Annual administration report of the Civil Veterinary Department of India - 1908-1909
Year: 1908
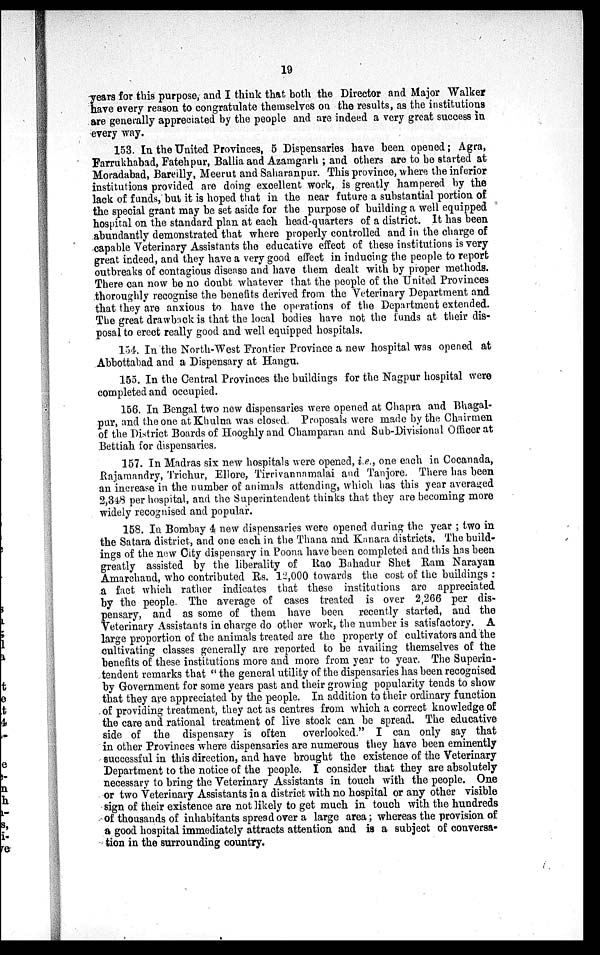
19
years for this purpose, and I think that both the Director and Major Walker
have every reason to congratulate themselves on the results, as the institutions
are generally appreciated by the people and are indeed a very great success in
every way.
153. In the United Provinces, 5 Dispensaries have been opened; Agra,
Farrukhabad, Fatehpur, Ballia and Azamgarh; and others are to be started at
Moradabad, Bareilly, Meerut and Saharanpur. This province, where the inferior
institutions provided are doing excellent work, is greatly hampered by the
lack of funds, but it is hoped that in the near future a substantial portion of
the special grant may be set aside for the purpose of building a well equipped
hospital on the standard plan at each head-quarters of a district. It has been
abundantly demonstrated that where properly controlled and in the charge of
capable Veterinary Assistants the educative effect of these institutions is very
great indeed, and they have a very good effect in inducing the people to report
outbreaks of contagious disease and have them dealt with by proper methods.
There can now be no doubt whatever that the people of the United Provinces
thoroughly recognise the benefits derived from the Veterinary Department and
that they are anxious to have the operations of the Department extended.
The great drawback is that the local bodies have not the funds at their dis-
posal to erect really good and well equipped hospitals.
154. In the North-West Frontier Province a new hospital was opened at
Abbottabad and a Dispensary at Hangu.
155. In the Central Provinces the buildings for the Nagpur hospital were
completed and occupied.
156. In Bengal two new dispensaries were opened at Chapra and Bhagal-
pur, and the one at Khulna was closed. Proposals were made by the Chairmen
of the District Boards of Hooghly and Champaran and Sub-Divisional Officer at
Bettiah for dispensaries.
157. In Madras six new hospitals were opened, i.e., one each in Cocanada,
Rajamandry, Trichur, Ellore, Tirrivannamalai and Tanjore. There has been
an increase in the number of animals attending, which has this year averaged
2,348 per hospital, and the Superintendent thinks that they are becoming more
widely recognised and popular.
158. In Bombay 4 new dispensaries were opened during the year; two in
the Satara district, and one each in the Thana and Kanara districts. The build-
ings of the new City dispensary in Poona have been completed and this has been
greatly assisted by the liberality of Rao Bahadur Shet Ram Narayan
Amarchand, who contributed Rs. 12,000 towards the cost of the buildings:
a fact which rather indicates that these institutions are appreciated
by the people. The average of cases treated is over 2,266 per dis-
pensary, and as some of them have been recently started, and the
Veterinary Assistants in charge do other work, the number is satisfactory. A
large proportion of the animals treated are the property of cultivators and the
cultivating classes generally are reported to be availing themselves of the
benefits of these institutions more and more from year to year. The Superin-
tendent remarks that "the general utility of the dispensaries has been recognised
by Government for some years past and their growing popularity tends to show
that they are appreciated by the people. In addition to their ordinary function
of providing treatment, they act as centres from which a correct knowledge of
the care and rational treatment of live stock can be spread. The educative
side of the dispensary is often
overlooked." I can only say that
in other Provinces where dispensaries are numerous they have been eminently
successful in this direction, and have brought the existence of the Veterinary
Department to the notice of the people. I consider that they are absolutely
necessary to bring the Veterinary Assistants in touch with the people. One
or two Veterinary Assistants in a district with no hospital or any other visible
sign of their existence are not likely to get much in touch with the hundreds
of thousands of inhabitants spread over a large area; whereas the provision of
a good hospital immediately attracts attention and is a subject of conversa-
tion in the surrounding country.